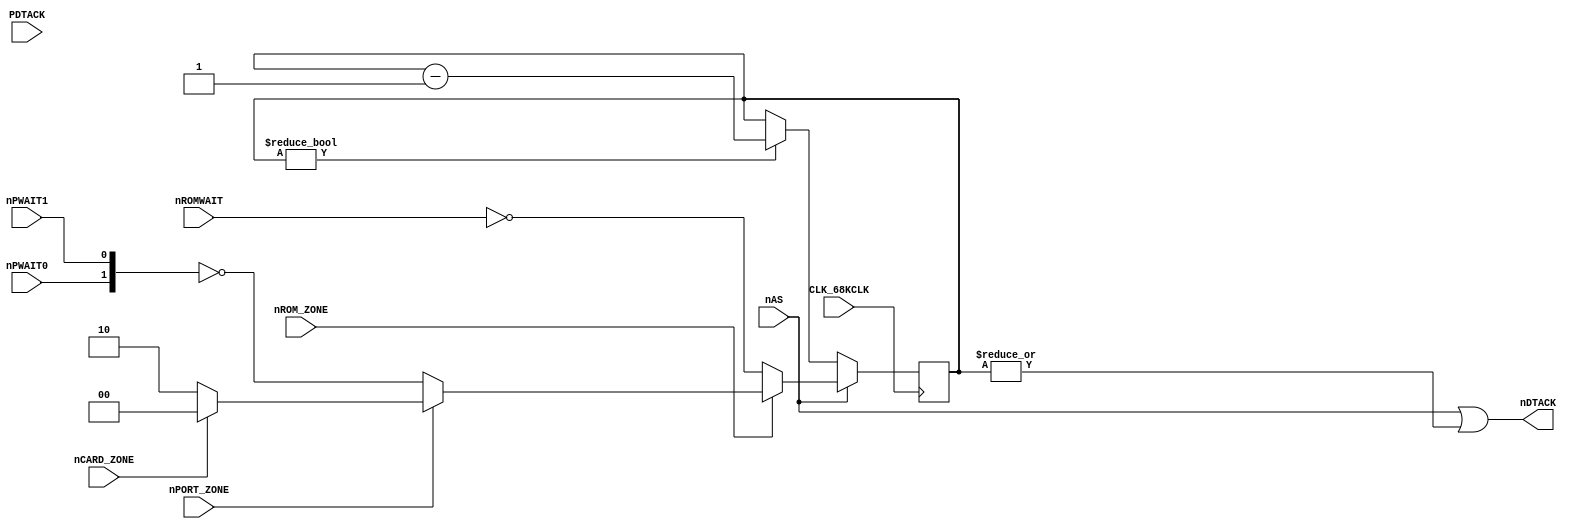
module c1_wait(
	input CLK_68KCLK, nAS,
	input nROM_ZONE, nPORT_ZONE, nCARD_ZONE,
	input nROMWAIT, nPWAIT0, nPWAIT1, PDTACK,
	output nDTACK
);

	reg [1:0] WAIT_CNT;
	
	//assign nPDTACK = ~(nPORT_ZONE | PDTACK);		// Really a NOR ? May stall CPU if PDTACK = GND

	assign nDTACK = nAS | |{WAIT_CNT};					// Is it nVALID instead of nAS ?
	
	//assign nCLK_68KCLK = ~nCLK_68KCLK;
	
	always @(negedge CLK_68KCLK)
	begin
		if (!nAS)
		begin
			// Count down only when nAS low
			if (WAIT_CNT) WAIT_CNT <= WAIT_CNT - 1'b1;
		end
		else
		begin
			if (!nROM_ZONE)
				WAIT_CNT <= ~nROMWAIT;				// 0~1 or 1~2 wait cycles ?
			else if (!nPORT_ZONE)
				WAIT_CNT <= ~{nPWAIT0, nPWAIT1};	// Needs checking
			else if (!nCARD_ZONE)
				WAIT_CNT <= 2;							// MAME and mvstech says so, to check
			else
				WAIT_CNT <= 0;
		end
	end
	
endmodule